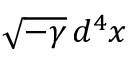
{ \sqrt { - \gamma } } \, d ^ { 4 } x